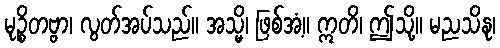
မုဉ္စိတဗ္ဗာ၊ လွတ်အပ်သည်။ အသ္မိ၊ ဖြစ်အံ့။ ဣတိ၊ ဤသို့။ မညသိနု၊